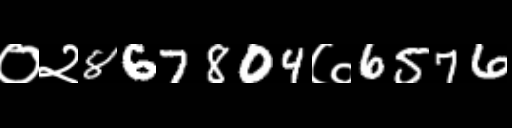
Text: ०२867804७6576